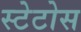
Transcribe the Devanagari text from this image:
स्टेटोस